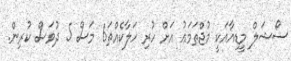
ސޯޝަލް މީޑިއާއަކީ މުޖްތަމަޢު އަށް ހުރި ހަލާކެއްތަ6 މަސް 5 ދުވަސް ކުރިން.